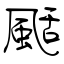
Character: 颳